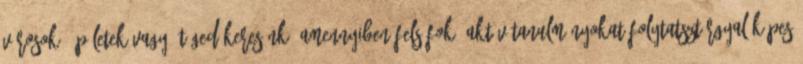
városok, épületek vagy. Téged keresünk, amennyiben:Felsőfokú aktív tanulmányokat folytatszTárgyalóképes